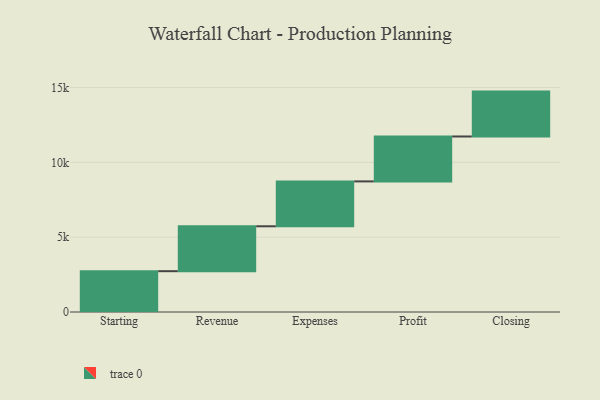
{"axis": {"x": "Step", "y": "Value"}, "legend": [""], "data": [{"x": "Starting", "y": 2728.0, "type": ""}, {"x": "Revenue", "y": 3000, "type": ""}, {"x": "Expenses", "y": 3000, "type": ""}, {"x": "Profit", "y": 3000, "type": ""}, {"x": "Closing", "y": 3000, "type": ""}]}